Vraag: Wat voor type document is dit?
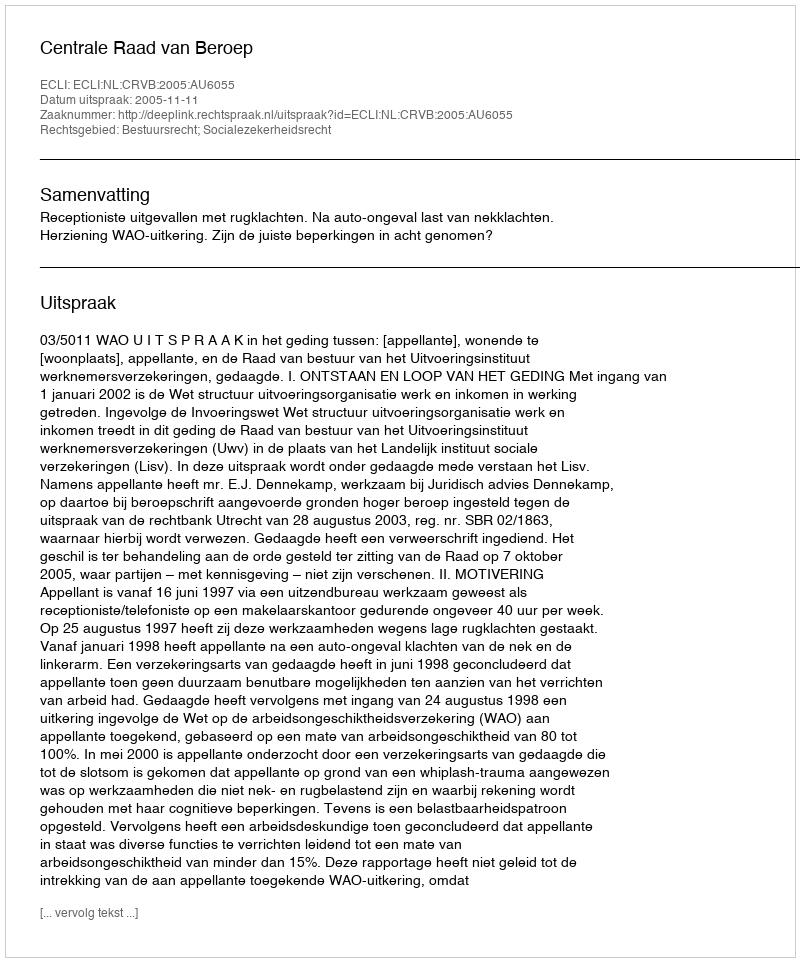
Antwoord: Uitspraak